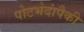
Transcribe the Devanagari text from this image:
पोटभेदांपैकी